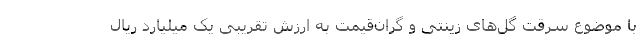
با موضوع سرقت گل‌های زینتی و گران‌قیمت به ارزش تقریبی یک میلیارد ریال